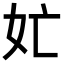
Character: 𭑬